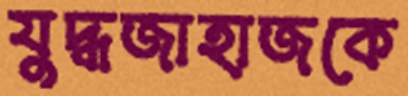
যুদ্ধজাহাজকে